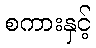
စကားနှင့်